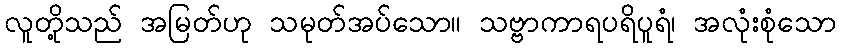
လူတို့သည် အမြတ်ဟု သမုတ်အပ်သော။ သဗ္ဗာကာရပရိပူရံ၊ အလုံးစုံသော